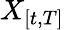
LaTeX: X_{[t,T]}